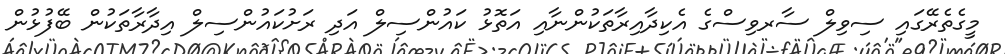
މީގެތެރޭގައި ސިވިލް ސާރވިސްގެ އެކިދާއިރާތަކުންނާއި އަތޮޅު ކައުންސިލް އަދި ރަށުކައުންސިލް އިދާރާތަކުން ބޭފުޅުން